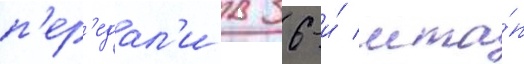
п'ер'едал'и в 36-и́ мта́п